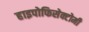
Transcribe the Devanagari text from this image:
हाइपोफिसेक्टोमी